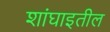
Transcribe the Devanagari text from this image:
शांघाइतील